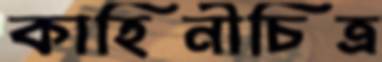
কাহিনীচিত্র